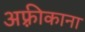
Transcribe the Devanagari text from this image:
अफ़्रीकाना